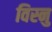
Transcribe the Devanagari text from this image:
विस्नु